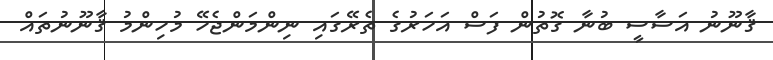
ޤާނޫނު އަސާސީ ބުނާ ގޮތުން ފަސް އަހަރުގެ ތެރޭގައި ނިންމަންޖެހޭ މުހިންމު ޤާނޫނުތައް